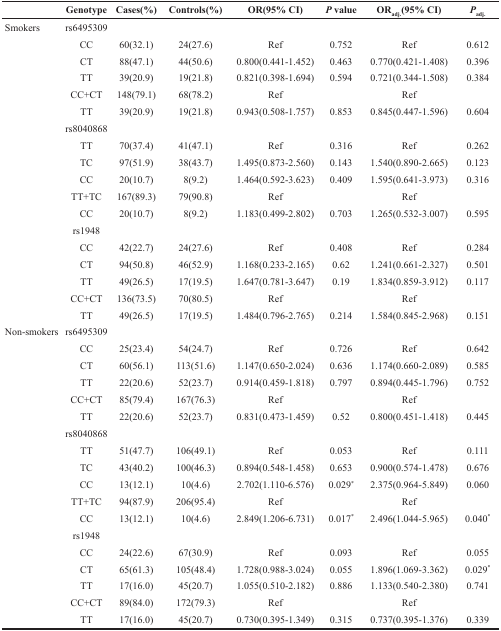
<table><thead><tr><td></td><td><b>Genotype</b></td><td><b>Cases(%)</b></td><td><b>Controls(%)</b></td><td><b>OR(95% CI)</b></td><td><b><i>P</i> value</b></td><td><b>OR<sub>adj.</sub>(95% CI)</b></td><td><b><i>P</i><sub>adj.</sub></b></td></tr></thead><tbody><tr><td>Smokers</td><td>rs6495309</td><td></td><td></td><td></td><td></td><td></td><td></td></tr><tr><td></td><td>CC</td><td>60(32.1)</td><td>24(27.6)</td><td>Ref</td><td>0.752</td><td>Ref</td><td>0.612</td></tr><tr><td></td><td>CT</td><td>88(47.1)</td><td>44(50.6)</td><td>0.800(0.441-1.452)</td><td>0.463</td><td>0.770(0.421-1.408)</td><td>0.396</td></tr><tr><td></td><td>TT</td><td>39(20.9)</td><td>19(21.8)</td><td>0.821(0.398-1.694)</td><td>0.594</td><td>0.721(0.344-1.508)</td><td>0.384</td></tr><tr><td></td><td>CC+CT</td><td>148(79.1)</td><td>68(78.2)</td><td>Ref</td><td></td><td>Ref</td><td></td></tr><tr><td></td><td>TT</td><td>39(20.9)</td><td>19(21.8)</td><td>0.943(0.508-1.757)</td><td>0.853</td><td>0.845(0.447-1.596)</td><td>0.604</td></tr><tr><td></td><td>rs8040868</td><td></td><td></td><td></td><td></td><td></td><td></td></tr><tr><td></td><td>TT</td><td>70(37.4)</td><td>41(47.1)</td><td>Ref</td><td>0.316</td><td>Ref</td><td>0.262</td></tr><tr><td></td><td>TC</td><td>97(51.9)</td><td>38(43.7)</td><td>1.495(0.873-2.560)</td><td>0.143</td><td>1.540(0.890-2.665)</td><td>0.123</td></tr><tr><td></td><td>CC</td><td>20(10.7)</td><td>8(9.2)</td><td>1.464(0.592-3.623)</td><td>0.409</td><td>1.595(0.641-3.973)</td><td>0.316</td></tr><tr><td></td><td>TT+TC</td><td>167(89.3)</td><td>79(90.8)</td><td>Ref</td><td></td><td>Ref</td><td></td></tr><tr><td></td><td>CC</td><td>20(10.7)</td><td>8(9.2)</td><td>1.183(0.499-2.802)</td><td>0.703</td><td>1.265(0.532-3.007)</td><td>0.595</td></tr><tr><td></td><td>rs1948</td><td></td><td></td><td></td><td></td><td></td><td></td></tr><tr><td></td><td>CC</td><td>42(22.7)</td><td>24(27.6)</td><td>Ref</td><td>0.408</td><td>Ref</td><td>0.284</td></tr><tr><td></td><td>CT</td><td>94(50.8)</td><td>46(52.9)</td><td>1.168(0.233-2.165)</td><td>0.62</td><td>1.241(0.661-2.327)</td><td>0.501</td></tr><tr><td></td><td>TT</td><td>49(26.5)</td><td>17(19.5)</td><td>1.647(0.781-3.647)</td><td>0.19</td><td>1.834(0.859-3.912)</td><td>0.117</td></tr><tr><td></td><td>CC+CT</td><td>136(73.5)</td><td>70(80.5)</td><td>Ref</td><td></td><td>Ref</td><td></td></tr><tr><td></td><td>TT</td><td>49(26.5)</td><td>17(19.5)</td><td>1.484(0.796-2.765)</td><td>0.214</td><td>1.584(0.845-2.968)</td><td>0.151</td></tr><tr><td>Non-smokers</td><td>rs6495309</td><td></td><td></td><td></td><td></td><td></td><td></td></tr><tr><td></td><td>CC</td><td>25(23.4)</td><td>54(24.7)</td><td>Ref</td><td>0.726</td><td>Ref</td><td>0.642</td></tr><tr><td></td><td>CT</td><td>60(56.1)</td><td>113(51.6)</td><td>1.147(0.650-2.024)</td><td>0.636</td><td>1.174(0.660-2.089)</td><td>0.585</td></tr><tr><td></td><td>TT</td><td>22(20.6)</td><td>52(23.7)</td><td>0.914(0.459-1.818)</td><td>0.797</td><td>0.894(0.445-1.796)</td><td>0.752</td></tr><tr><td></td><td>CC+CT</td><td>85(79.4)</td><td>167(76.3)</td><td>Ref</td><td></td><td>Ref</td><td></td></tr><tr><td></td><td>TT</td><td>22(20.6)</td><td>52(23.7)</td><td>0.831(0.473-1.459)</td><td>0.52</td><td>0.800(0.451-1.418)</td><td>0.445</td></tr><tr><td></td><td>rs8040868</td><td></td><td></td><td></td><td></td><td></td><td></td></tr><tr><td></td><td>TT</td><td>51(47.7)</td><td>106(49.1)</td><td>Ref</td><td>0.053</td><td>Ref</td><td>0.111</td></tr><tr><td></td><td>TC</td><td>43(40.2)</td><td>100(46.3)</td><td>0.894(0.548-1.458)</td><td>0.653</td><td>0.900(0.574-1.478)</td><td>0.676</td></tr><tr><td></td><td>CC</td><td>13(12.1)</td><td>10(4.6)</td><td>2.702(1.110-6.576)</td><td>0.029<sup>*</sup></td><td>2.375(0.964-5.849)</td><td>0.060</td></tr><tr><td></td><td>TT+TC</td><td>94(87.9)</td><td>206(95.4)</td><td>Ref</td><td></td><td>Ref</td><td></td></tr><tr><td></td><td>CC</td><td>13(12.1)</td><td>10(4.6)</td><td>2.849(1.206-6.731)</td><td>0.017<sup>*</sup></td><td>2.496(1.044-5.965)</td><td>0.040<sup>*</sup></td></tr><tr><td></td><td>rs1948</td><td></td><td></td><td></td><td></td><td></td><td></td></tr><tr><td></td><td>CC</td><td>24(22.6)</td><td>67(30.9)</td><td>Ref</td><td>0.093</td><td>Ref</td><td>0.055</td></tr><tr><td></td><td>CT</td><td>65(61.3)</td><td>105(48.4)</td><td>1.728(0.988-3.024)</td><td>0.055</td><td>1.896(1.069-3.362)</td><td>0.029<sup>*</sup></td></tr><tr><td></td><td>TT</td><td>17(16.0)</td><td>45(20.7)</td><td>1.055(0.510-2.182)</td><td>0.886</td><td>1.133(0.540-2.380)</td><td>0.741</td></tr><tr><td></td><td>CC+CT</td><td>89(84.0)</td><td>172(79.3)</td><td>Ref</td><td></td><td>Ref</td><td></td></tr><tr><td></td><td>TT</td><td>17(16.0)</td><td>45(20.7)</td><td>0.730(0.395-1.349)</td><td>0.315</td><td>0.737(0.395-1.376)</td><td>0.339</td></tr></tbody></table>